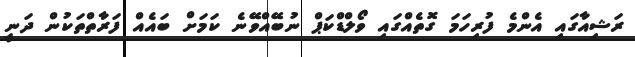
ރަޝިއާގައި އެންމެ ފުރިހަމަ ގޮތެއްގައި ވޯލްޑްކަޕް ނުބޭއްވޭނެ ކަމަށް ބައެއް ފަރާތްތަކުން ދަނީ